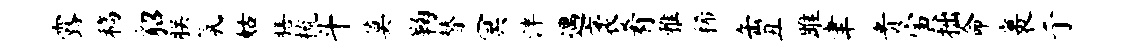
露稿貂朕氛姑膳梳斗莫鞠替冥泮遇袤肴雅稀缶丑雎聿贵寅拙命裹亍